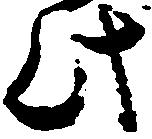
此